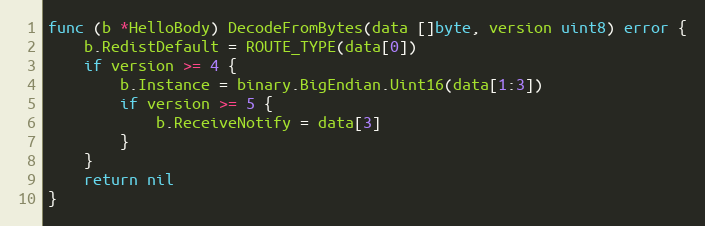
Language: Go
func (b *HelloBody) DecodeFromBytes(data []byte, version uint8) error {
	b.RedistDefault = ROUTE_TYPE(data[0])
	if version >= 4 {
		b.Instance = binary.BigEndian.Uint16(data[1:3])
		if version >= 5 {
			b.ReceiveNotify = data[3]
		}
	}
	return nil
}